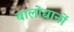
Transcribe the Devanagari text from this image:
बालोद्यानों